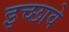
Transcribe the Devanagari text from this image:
इच्छावे